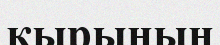
қырының